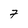
Character: 7